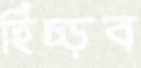
হিঁচ্‌ড়ব